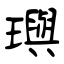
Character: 璵